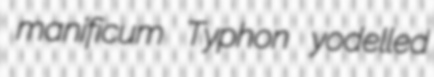
manificum Typhon yodelled